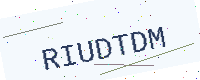
Text: RIUDTDM